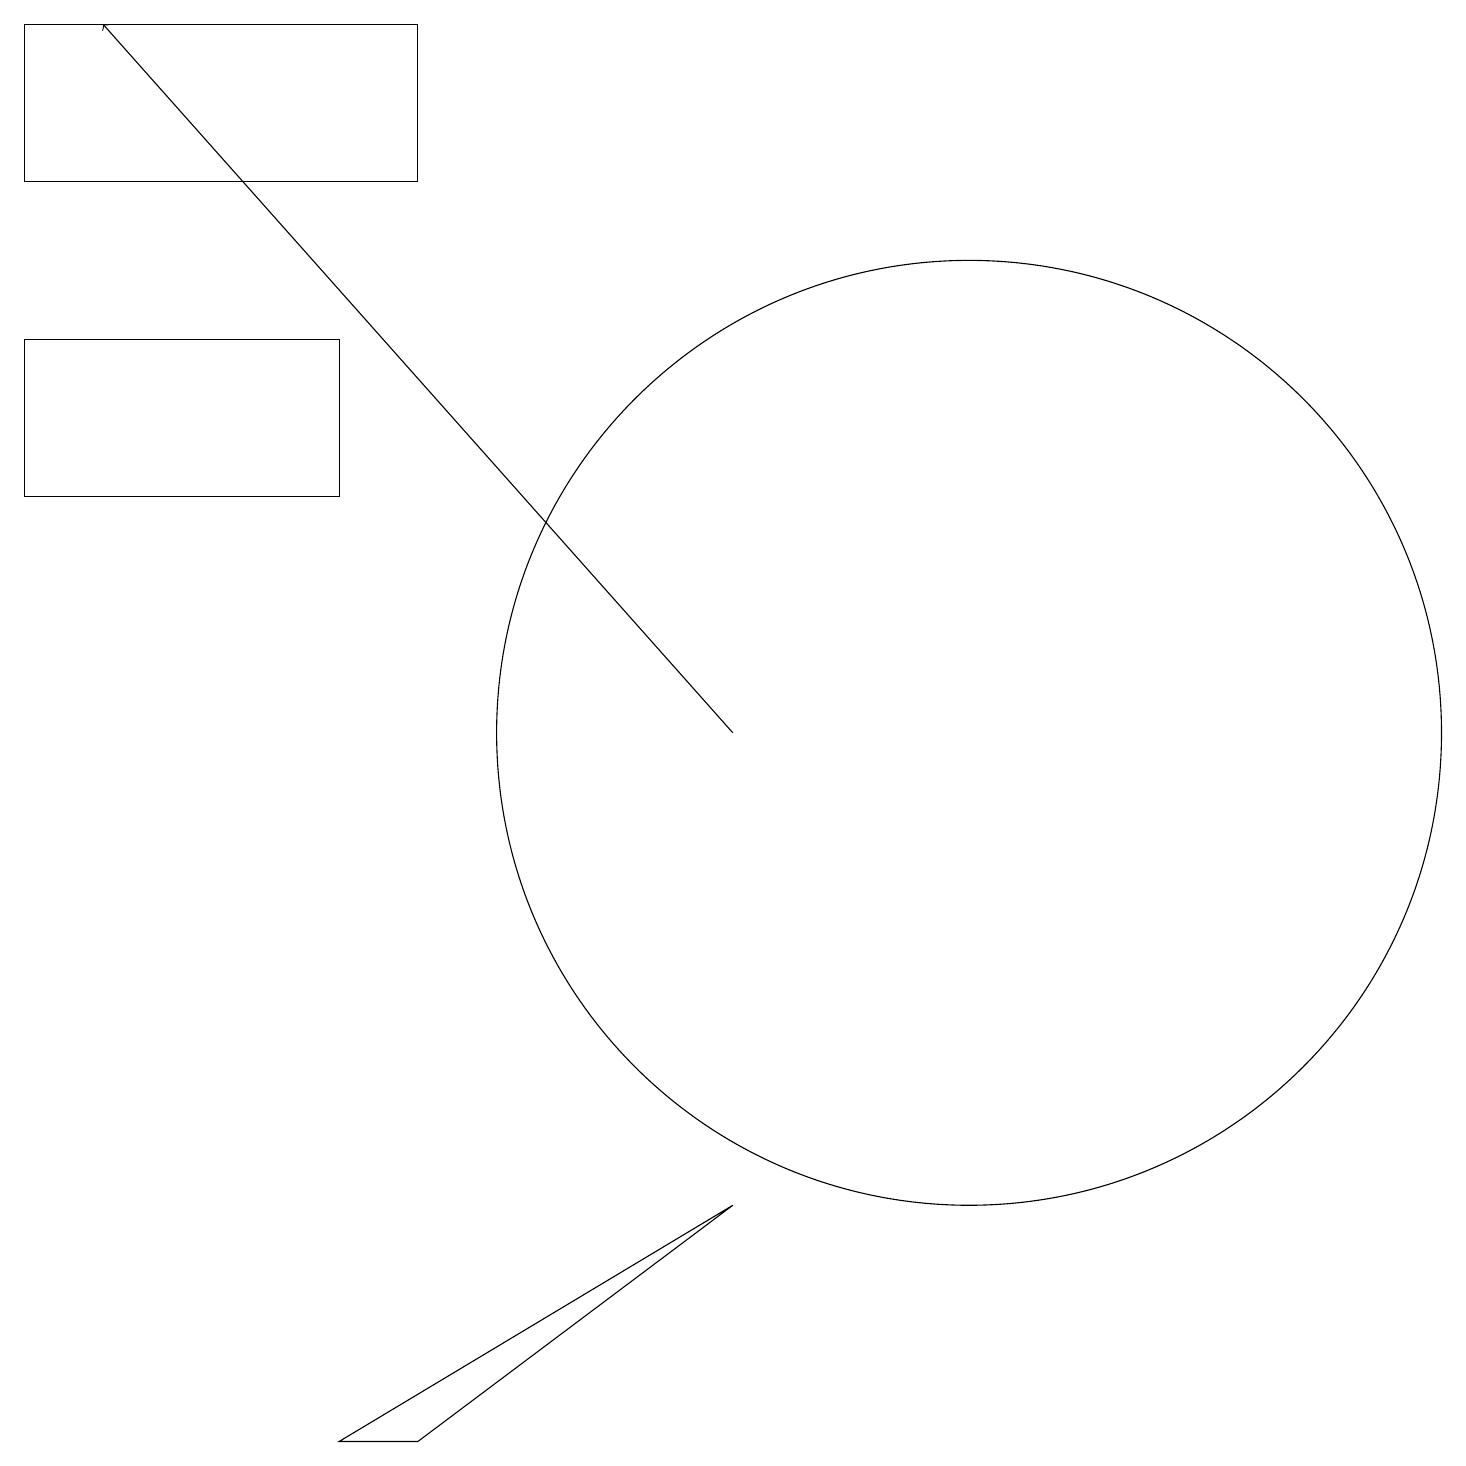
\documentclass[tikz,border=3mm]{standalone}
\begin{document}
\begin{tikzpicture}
\draw (12,10) circle (6);
\draw (0,17) rectangle (5,19);
\draw (5,1) -- (4,1) -- (9,4) -- cycle;
\draw (4,13) rectangle (0,15);
\draw[->] (9,10) -- (1,19);
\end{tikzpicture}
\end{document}